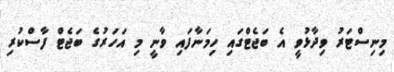
މިނިސްޓަރު ވިދާޅުވީ އެ ބަޖެޓްގައި ހިމަނާފައި ވާނީ މި އަހަރުގެ ބަޖެޓް ފާސްކުރި